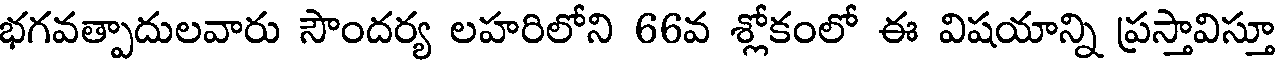
భగవత్పాదులవారు సౌందర్య లహరిలోని 66వ శ్లోకంలో ఈ విషయాన్ని ప్రస్తావిస్తూ